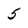
Character: 5